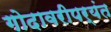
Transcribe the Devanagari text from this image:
गोदावरीपर्यंत